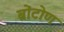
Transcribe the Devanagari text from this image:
ब्रोंटोण